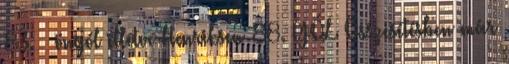
83. – öngól illetve Henriksen 88. GÓL Összesítésben már